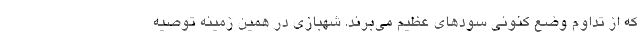
که از تداوم وضع کنونی سودهای عظیم می‌برند. شهبازی در همین زمینه توصیه